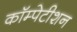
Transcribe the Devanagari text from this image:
कॉम्पेटीशन